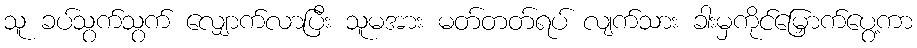
သူ ခပ်သွက်သွက် လျှောက်လာပြီး သူမအား မတ်တတ်ရပ် လျက်သား ခါးမှကိုင်မြှောက်ပွေ့ကာ